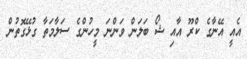
އެއީ އޭނާގެ ކްރޫ އާއި ޝޯ ބަލަން ވަންނަ މީހުންގެ ސަލާމަތާ ގުޅޭގޮތުން